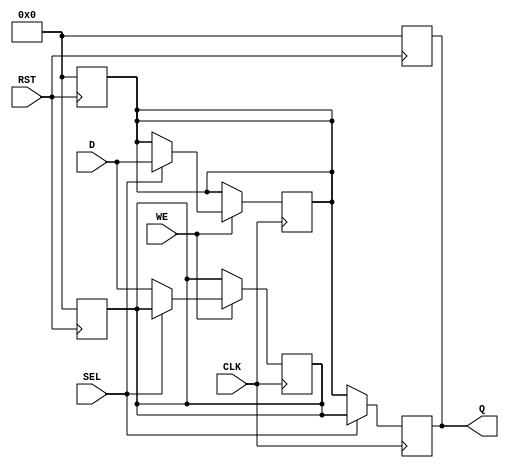
module double_buffer_register (
    input wire [7:0] D,        // Data Input
    input wire WE,             // Write Enable
    input wire CLK,            // Clock
    input wire SEL,            // Select signal
    input wire RST,            // Optional Reset
    output reg [7:0] Q         // Data Output
);

    reg [7:0] bufferA;        // Buffer A
    reg [7:0] bufferB;        // Buffer B

    // Asynchronous reset
    always @(posedge RST) begin
        bufferA <= 8'b0;
        bufferB <= 8'b0;
        Q <= 8'b0;
    end

    // Write operation
    always @(posedge CLK) begin
        if (WE) begin
            if (SEL) begin
                bufferB <= D;  // Write to Buffer B
            end else begin
                bufferA <= D;  // Write to Buffer A
            end
        end
    end

    // Output operation
    always @(posedge CLK) begin
        if (!SEL) begin
            Q <= bufferB;      // Read from Buffer B if SEL is low
        end else begin
            Q <= bufferA;      // Read from Buffer A if SEL is high
        end
    end

endmodule